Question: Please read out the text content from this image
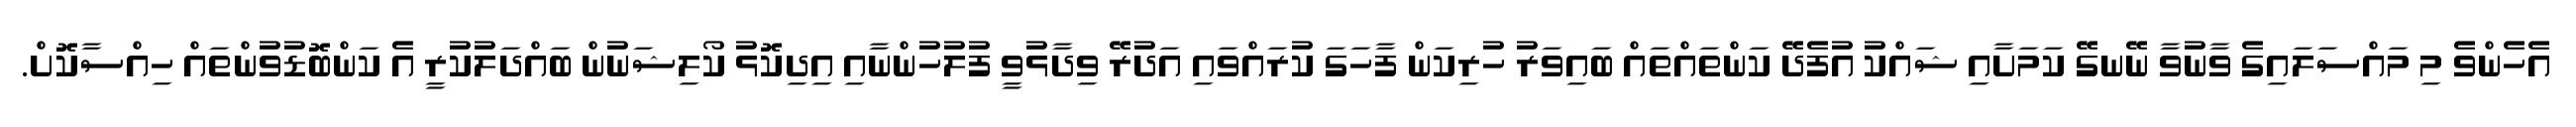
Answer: އެހެންވެ މި މައްސަލައިގެ ވާނުވާ ނޭނގޭ ކަމަށާއި ޝައްކު އުފެދޭ ކަންތައްތައް ބައިވަރު ހުރިކަން ފާހަގަ ކުރައްވައި އަދުރޭ ވިދާޅުވީ ފުލުހުންނާއި އިދިކޮޅު ކޯލިޝަނުން ބައްދަލުކުރީ އެ ކަންބޮޑުވުންތައް ހިއްސާކޮށް.